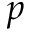
p